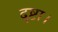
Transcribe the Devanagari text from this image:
दृष्टा।